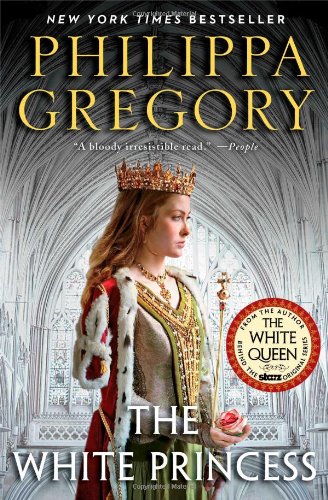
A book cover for The White Princess (Cousins' War); Philippa Gregory; Romance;